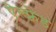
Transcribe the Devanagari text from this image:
ऐल्फ़्रेड